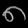
Digit: ၈